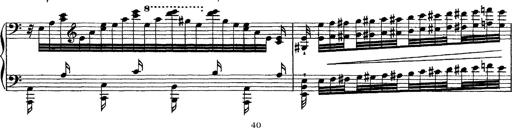
Title: Grandes Ã©tudes de Paganini
Composer: Franz Liszt